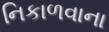
નિકાળવાના